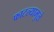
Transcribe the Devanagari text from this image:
फाटल्यामुळे